Scottish Leaving Certificate Examination, 1956
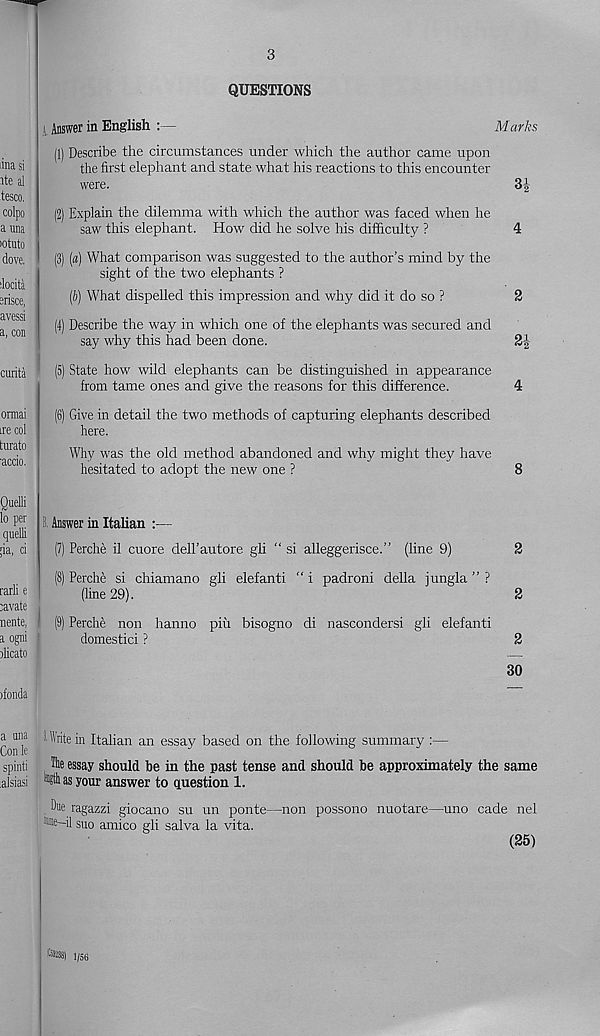
3
QUESTIONS
l Answer in English
Marks
(1) Describe the circumstances under which the author came upon
the first elephant and state what his reactions to this encounter
were.
3|
(2) Explain the dilemma with which the author was faced when he
saw this elephant. How did he solve his difficulty ?
4
(3) («) What comparison was suggested to the author’s mind by the
sight of the two elephants ?
(b) What dispelled this impression and why did it do so ?
2
(4) Describe the way in which one of the elephants was secured and
say why this had been done.
2|
(5) State how wild elephants can be distinguished in appearance
from tame ones and give the reasons for this difference.
4
(6) Give in detail the two methods of capturing elephants described
here.
Why was the old method abandoned and why might they have
hesitated to adopt the new one ?
8
8. Answer in Italian :—
(7) Perche il cuore deH’autore gli “ si alleggerisce.” (line 9)
2
(8) Perche si chiamano gli elefanti “ i padroni della jungla ” ?
(line 29).
2
(9) Perche non hanno piu bisogno di nascondersi gli elefanti
domestici ?
2
30
' "rite in Italian an essay based on the following summary :—
The essay should be in the past tense and should be approximately the same
as your answer to question 1.
Due ragazzi giocano su un ponte—non possono nuotare—uno cade nel
lime—il suo amico gli salva la vita.
(25)
1/56